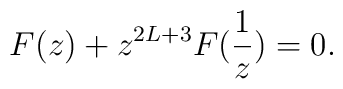
F(z) + z^{2L+3} F(\frac{1}{z}) = 0.